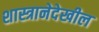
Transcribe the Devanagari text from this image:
शास्त्रानेदेखील